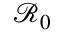
\mathcal { R } _ { 0 }